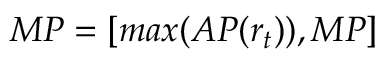
M P = [ m a x ( A P ( r _ { t } ) ) , M P ]